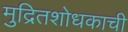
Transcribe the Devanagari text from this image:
मुद्रितशोधकाची